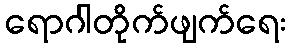
ရောဂါတိုက်ဖျက်ရေး